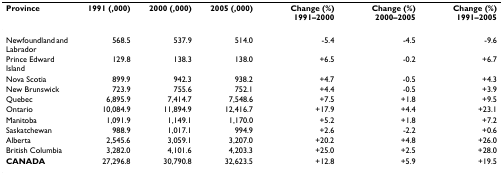
<table><thead><tr><td><b>Province</b></td><td><b>1991 (,000)</b></td><td><b>2000 (,000)</b></td><td><b>2005 (,000)</b></td><td><b>Change (%) 1991–2000</b></td><td><b>Change (%) 2000–2005</b></td><td><b>Change (%) 1991–2005</b></td></tr></thead><tbody><tr><td>Newfoundland and Labrador</td><td>568.5</td><td>537.9</td><td>514.0</td><td>-5.4</td><td>-4.5</td><td>-9.6</td></tr><tr><td>Prince Edward Island</td><td>129.8</td><td>138.3</td><td>138.0</td><td>+6.5</td><td>-0.2</td><td>+6.7</td></tr><tr><td>Nova Scotia</td><td>899.9</td><td>942.3</td><td>938.2</td><td>+4.7</td><td>-0.5</td><td>+4.3</td></tr><tr><td>New Brunswick</td><td>723.9</td><td>755.6</td><td>752.1</td><td>+4.4</td><td>-0.5</td><td>+3.9</td></tr><tr><td>Quebec</td><td>6,895.9</td><td>7,414.7</td><td>7,548.6</td><td>+7.5</td><td>+1.8</td><td>+9.5</td></tr><tr><td>Ontario</td><td>10,084.9</td><td>11,894.9</td><td>12,416.7</td><td>+17.9</td><td>+4.4</td><td>+23.1</td></tr><tr><td>Manitoba</td><td>1,091.9</td><td>1,149.1</td><td>1,170.0</td><td>+5.2</td><td>+1.8</td><td>+7.2</td></tr><tr><td>Saskatchewan</td><td>988.9</td><td>1,017.1</td><td>994.9</td><td>+2.6</td><td>-2.2</td><td>+0.6</td></tr><tr><td>Alberta</td><td>2,545.6</td><td>3,059.1</td><td>3,207.0</td><td>+20.2</td><td>+4.8</td><td>+26.0</td></tr><tr><td>British Columbia</td><td>3,282.0</td><td>4,101.6</td><td>4,203.3</td><td>+25.0</td><td>+2.5</td><td>+28.0</td></tr><tr><td><b>CANADA</b></td><td>27,296.8</td><td>30,790.8</td><td>32,623.5</td><td>+12.8</td><td>+5.9</td><td>+19.5</td></tr></tbody></table>